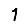
Digit: 1